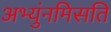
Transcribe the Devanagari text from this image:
अभ्युंनमिसति